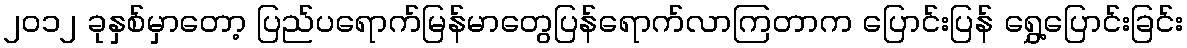
၂၀၁၂ ခုနှစ်မှာတော့ ပြည်ပရောက်မြန်မာတွေပြန်ရောက်လာကြတာက ပြောင်းပြန် ရွှေ့ပြောင်းခြင်း